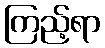
ကြည့်ရာ